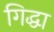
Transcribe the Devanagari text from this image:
गिद्धा